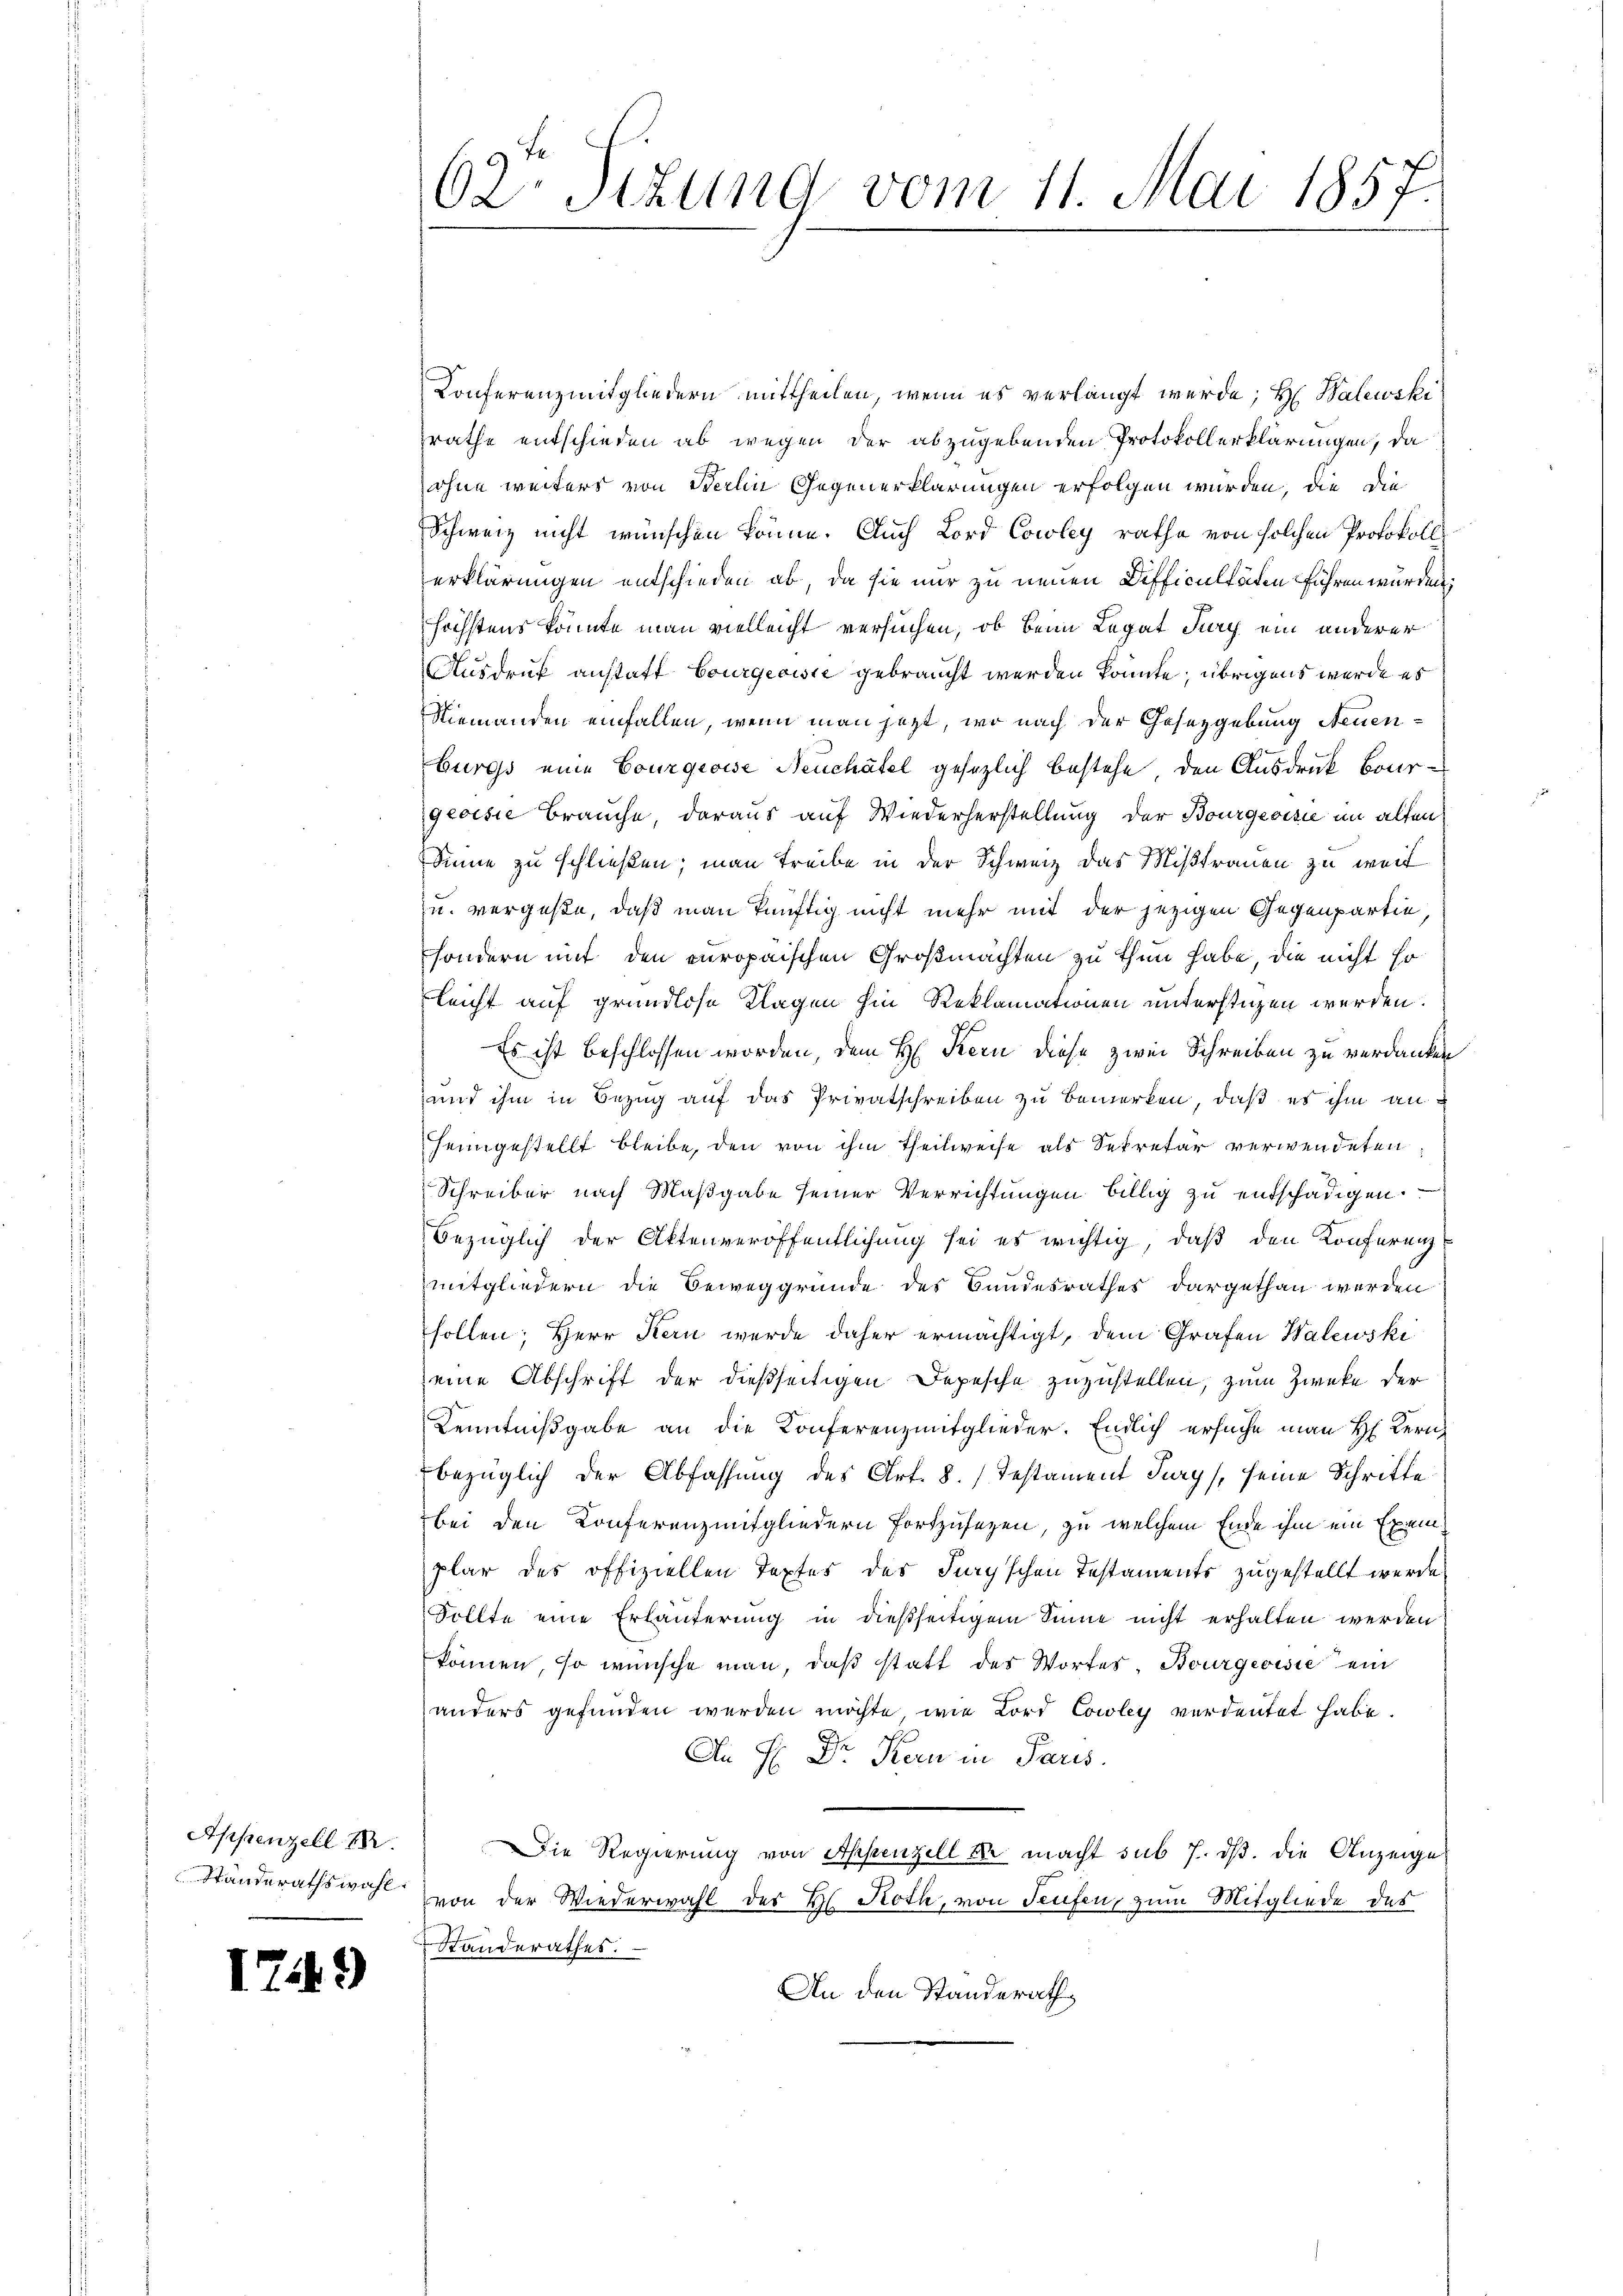
Appenzell I.
Standerathswahl

1

49

62. Sizung vom 11. Mai 1857.

Konferenzmitgliedern mittheilen, wenn es verlangt werde; H. Balewski
rathe entschieden ab wegen der abzugebenden Protokollerklärungen, da
ohne weiters von Berlin Gegenerklärungen erfolgen wurden, die die
Schweiz nicht wünschen könne. Auch Lord Cowley rathe von solchen Protokoll
erklärungen entschieden ab, da sie nur zu neuen Difficultäten führen wurden,
höchstens könnte man vielleicht versuchen, ob beim Legat Jury ein anderer
Ausdruck anstatt Bourgeoisie gebraucht werden könnte; übrigens werde es
Niemanden einfallen, wenn man jetzt, wo nach der Gesetzgebung Neuen-
burgs eine Courgeoise Neuchâtel gesezlich bestehe, den Ausdruck Bourgeoisie Brauche, daraus auf Wiederherstellung der Bourgeoisie im alten
Sinne zu schließen; man treibe in der Schweiz das Mißtrauen zu weit
u. vergeße, daß man künftig nicht mehr mit der jezigen Gegenpartin,
sondern mit den europaischen Großmachten zu thun habe, die nicht so
leicht auf grundlose Klagen hin Reklamationen unterstüzen werden.
Es ist beschlossen worden, dem H. Kern diese zwei Schreiben zu verdanken
und ihm in Bezug auf das Privatschreiben zu bemerken, daß es ihm anheimgestellt bleibe, den von ihm theilweise als Sekretär verwendeten
Schreiber nach Maßgabe seiner Verrichtungen billig zu entschädigen.
bezüglich der Aktenveröffentlichung sei es wichtig, daß den Konferenzmitgliedern die Beweggründe des Bundesrathes dargethan werden
sollen; Herr Kern werde daher ermächtigt, dem Grafen Walewski
eine Abschrift der dießseitigen Depesche zuzustellen, zum Zwecke der
Kenntnißgabe an die Konferenzmitglieder. Endlich ersuche man H. Kern
bezüglich der Abfassung des Art. 8. Testament Purgs seine Schritte
bei den Konferenzmitgliedern fortzusetzen, zu welchem Ende ihm ein Exemplar des offiziellen Topfes des Juryschen Testaments zugestellt werde,
Sollte eine Erläuterung in dießseitigem Sinne nicht erhalten werden
können, so wünsche man, daß statt des Wortes, Bourgeoisie ein
anders gefunden werden möchte, wie Lord Cowley verdeutet habe.
An H. Dr Kern in Paris.
Die Regierung von Appenzell Se macht sub 7. dß. die Anzeige
von der Wiederwahl des Hs. Roth, von Teufen, zum Mitgliede des
Standerathes.
An den Standerath